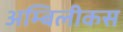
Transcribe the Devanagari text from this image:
अम्बिलीकस